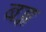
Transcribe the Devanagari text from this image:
बङ्ग